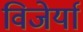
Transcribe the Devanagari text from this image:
विजेर्या